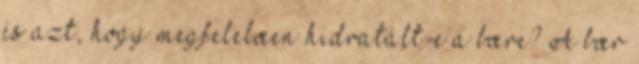
és azt, hogy megfelelœen hidratált-e a bœre? A bœr